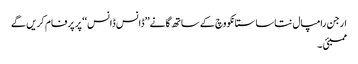
ارجن رامپال نتاسا ستانکووچ کے ساتھ گانے’’ڈانس ڈانس‘‘ پر پرفام کریں گے
ممبئی ۔